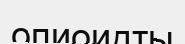
опиоидты